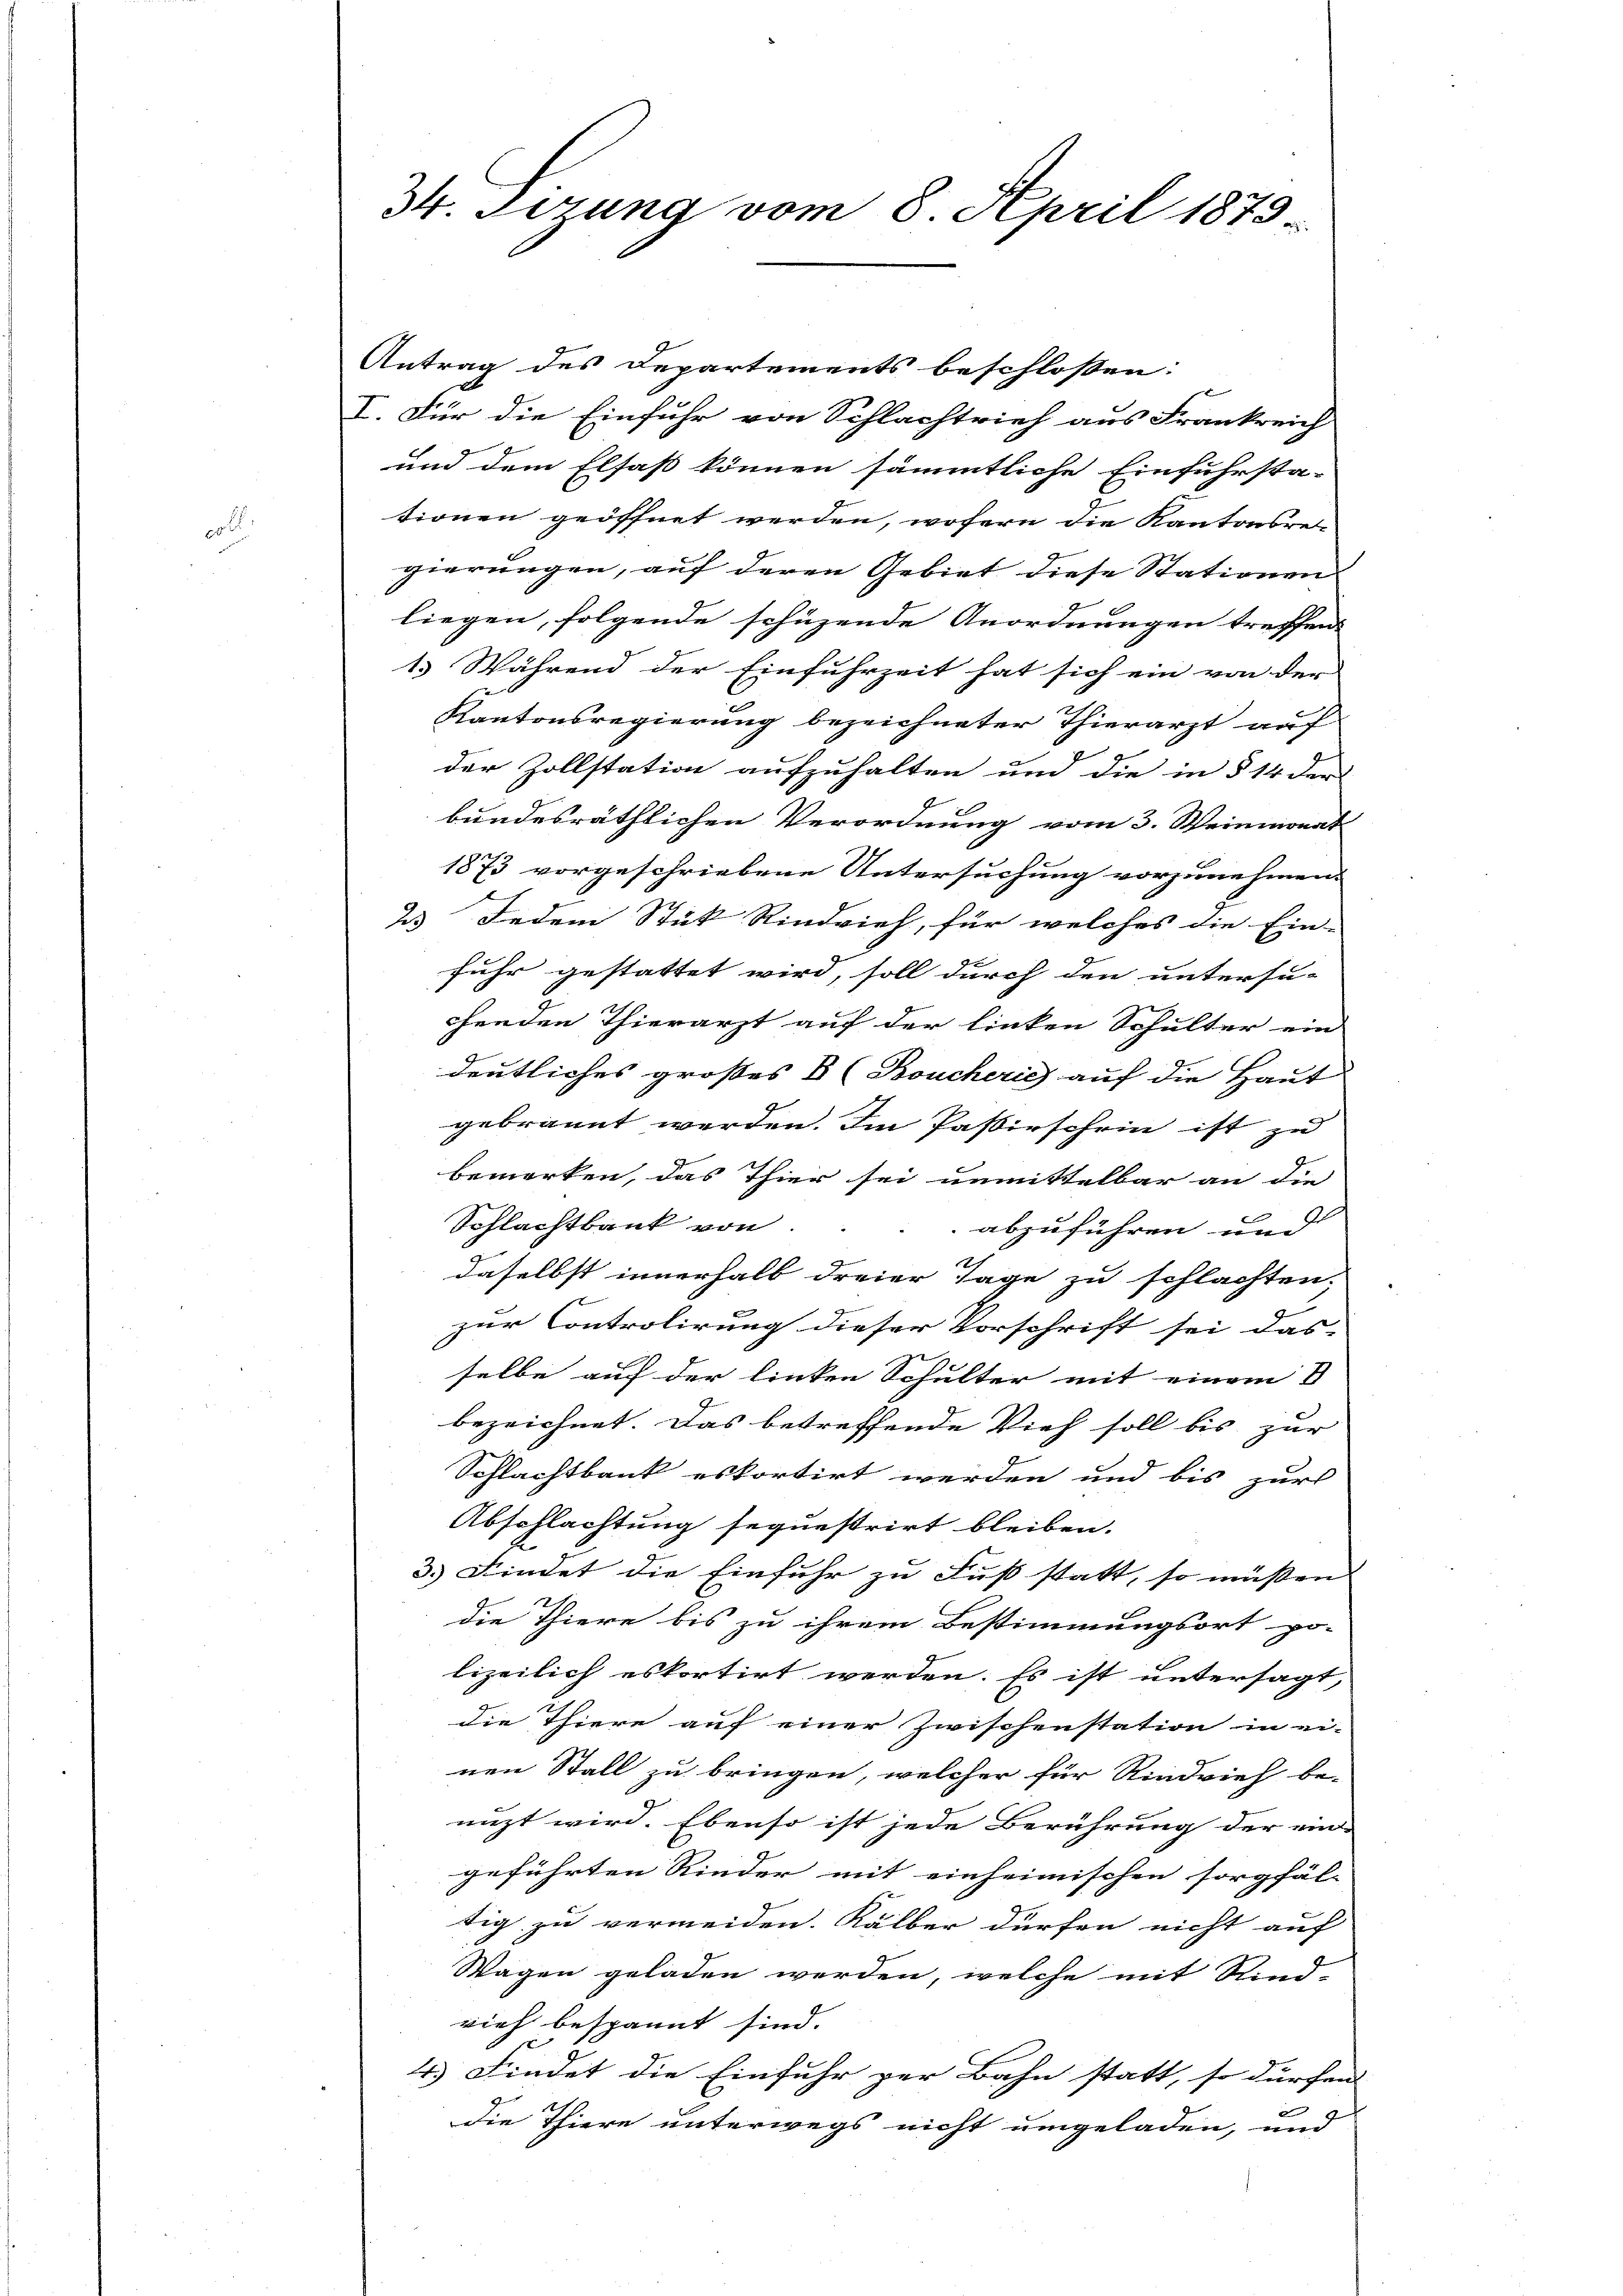
34. Sizung vom 8. April 1873.

Antrag des Departements beschlossen:
I. Für die Einfuhr von Schlachtrief aus Frankreich
und dem Elsass können sämmtliche Einfuhrsta-
tionen geöffnet werden, wofern die Kantonsregierungen, auf deren Gebiet diese Stationen
liegen, folgende schüzende Anordnungen treffen
1. Während der Einfuhrzeit hat sich ein von der
Kantonsregierung bezeichneter Thierarzt auf
der Zollstation aufzuhalten und die in § 14 der
bundesräthlichen Verordnung vom 3. Weinmonat
1873 vorgeschriebene Untersuchung vorzunehmen.
23 Jedem Stück Rindvieh, für welches die Ein-
fuhr gestattet wird, soll durch den untersu-
chenden Thierarzt auf der linken Schulter ein
deutliches großes B (Boucheris auf die Haut
gebrannt werden. Im Passivschein ist zu
bemerken, das Thier sei unmittelbar an die
Schlachtbank von
abzuführen und
daselbst innerhalb dreier Tage zu schlachten,
zur Controlirung dieser Vorschrift sei das-
selbe auf der linken Schulter mit einem B
bezeichnet. Das betreffende Vieh soll bis zur
Schlachtbank eskortirt werden und bis zur
Abschlachtung sequestrirt bleiben.
3.) Findet die Einfuhr zu Fuß statt, so müssen |
die Thiere bis zu ihrem Bestimmungsort po-
lizeilich eskortirt werden. Es ist untersagt,
die Thiere auf einer Zwischenstation in ei-
nen Stall zu bringen, welcher für Rindvieh be-
enzt wird. Ebenso ist jede Berührung der ein-
geführten Rieder mit einheimischen sorgfäl- |
tig zu vermeiden. Kälber dürfen nicht auf
Wagen geladen werden, welche mit Rind-
vieh bespannt sind. |
4) Findet die Einfuhr per Bahn statt, so dürfen |
21.
die Thiere unterwegs nicht umgeladen, und